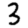
Digit: 3